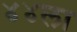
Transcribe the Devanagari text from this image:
४४ला